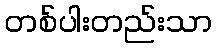
တစ်ပါးတည်းသာ